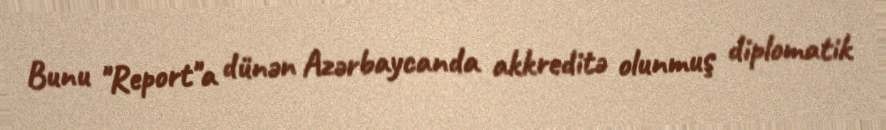
Bunu "Report"a dünən Azərbaycanda akkreditə olunmuş diplomatik